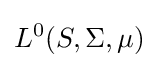
L^{0}(S,\Sigma ,\mu )